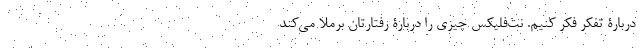
دربارۀ تفکر فکر کنیم. نت‌فلیکس چیزی را دربارۀ رفتارتان برملا می‌کند